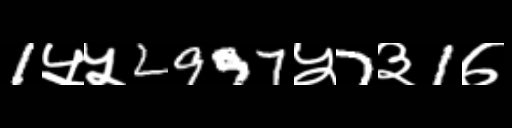
Text: 1५५2997५7३1७